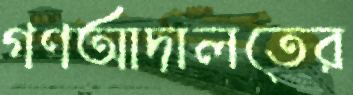
গণআদালতের